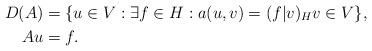
LaTeX: \begin{align*}D(A) & = \{ u \in V: \exists f \in H: a(u,v) = (f | v)_{H} v \in V \}, \\Au & = f.\end{align*}